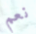
نعم